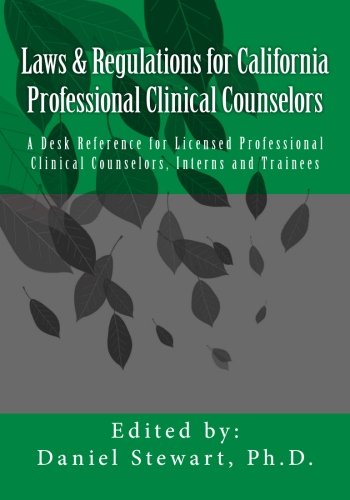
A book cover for Laws & Regulations for California Professional Clinical Counselors: A Desk Reference for Licensed Professional Clinical Counselors, Interns and Trainees; Daniel Stewart; Law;